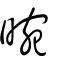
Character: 晼